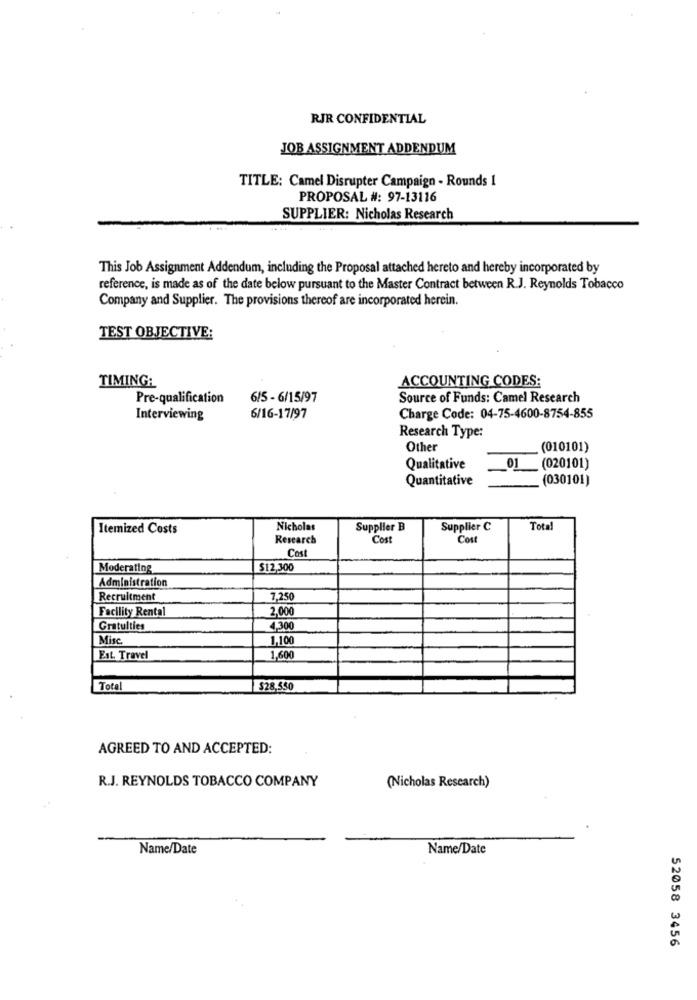
RJR CONFIDENTIAL
JOB ASSIGNMENT ADDENDUM
TITLE: Camel Disrupter Campaign - Rounds 1
PROPOSAL #: 97-13116
SUPPLIER: Nicholas Research
This Job Assignment Addendum, including the Proposal attached hereto and hereby incorporated by
reference, is made as of the date below pursuant to the Master Contract between R.J. Reynolds Tobacco
Company and Supplier. The provisions thereof are incorporated herein.
TEST OBJECTIVE:
ACCOUNTING CODES:
TIMING:
Pre-qualification
6/5 - 6/15/97
Source of Funds: Camel Research
Interviewing
6/16-17/97
Charge Code: 04-75-4600-8754-855
Research Type:
Other
(010101)
Qualitative
01
(020101)
Quantitative
(030101)
Itemized Costs
Nicholas
Supplier B
Supplier C
Total
Research
Cost
Cost
Cos
Moderating
$12,300
Administration
Recruitment
7.25
Facility Rental
2.00
Gratulties
4,300
Misc.
1.100
Est. Travel
1,600
Total
$28,550
AGREED TO AND ACCEPTED:
R.J. REYNOLDS TOBACCO COMPANY
(Nicholas Research)
Name/Date
Name/Date
52058 3456